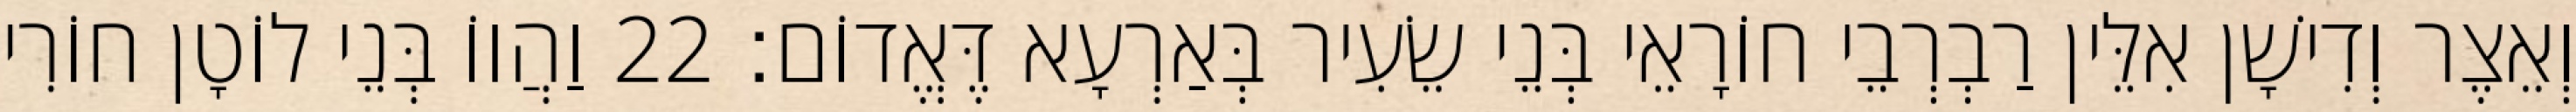
וְאֵצֶר וְדִישָׁן אִלֵּין רַבְרְבֵי חוֹרָאֵי בְּנֵי שֵׂעִיר בְּאַרְעָא דֶּאֱדוֹם׃ 22 וַהֲווֹ בְּנֵי לוֹטָן חוֹרִי